Document type: Sale
Year: 1451
Scribe: [Unknown]
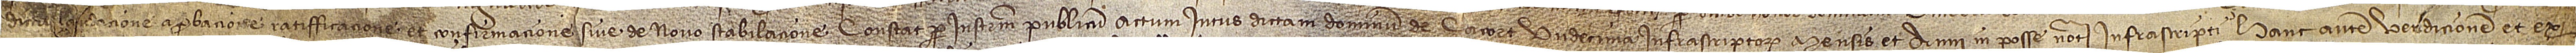
dicta laudacione, aprobacione, ratifficacione et confirmacione sive de novo stabilacione constat per instrumentum publicum actum intus dictam domum  de Çacort undecima infrascriptorum mensis et anni, in posse notarii infrascripti. Hanc autem ve[n]dicionem et ex